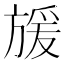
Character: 𭤿